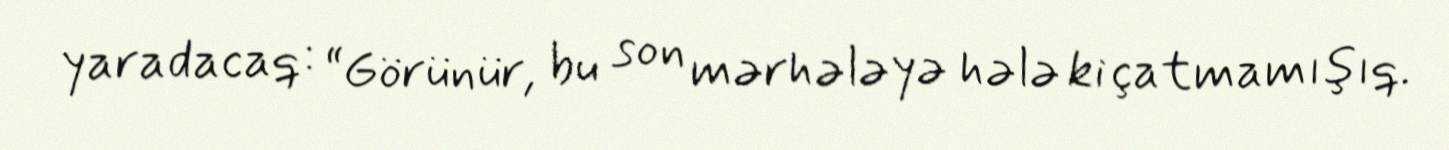
yaradacaq: “Görünür, bu son mərhələyə hələ ki çatmamışıq.